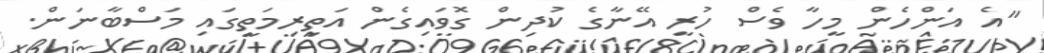
"އެ އަންހެން މީހާ ވެސް ހުރީ އޭނާގެ ކުދިން ގޮވައިގެން އަތިރިމަތީގައި މަސްބާނަން.